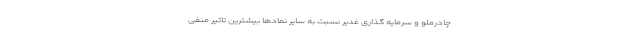
چادرملو و سرمایه گذاری غدیر نسبت به سایر نمادها بیشترین تاثیر منفی